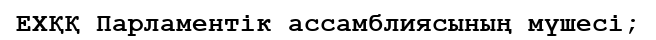
ЕХҚҚ Парламентік ассамблиясының мүшесі;